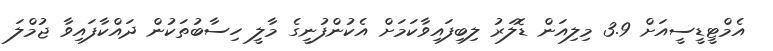
އެމްޓީޑީސީއަށް 3.9 މިލިއަން ޑޮލަރު ލިބިފައިވާކަމަށް އެކުންފުނީގެ މާލީ ހިސާބުތަކުން ދައްކާފައިވާ ޖުމްލަ